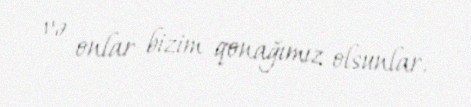
və onlar bizim qonağımız olsunlar.